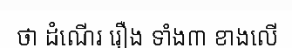
ថា ដំណើរ រឿង ទាំង៣ ខាងលើ